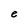
Character: e